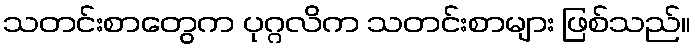
သတင်းစာတွေက ပုဂ္ဂလိက သတင်းစာများ ဖြစ်သည်။